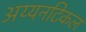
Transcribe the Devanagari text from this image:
अय्यनटिकल